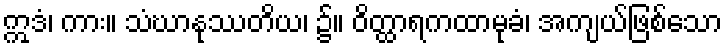
ဣဒံ၊ ကား။ သံဃာနုဿတိယ၊ ၌။ ဝိတ္ထာရကထာမုခံ၊ အကျယ်ဖြစ်သော